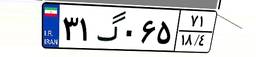
۵۲گ۹۷۱۴۱